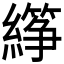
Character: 𬘈